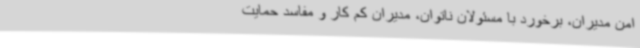
امن مدیران، برخورد با مسئولان ناتوان، مدیران کم کار و مفاسد حمایت